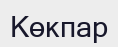
Көкпар